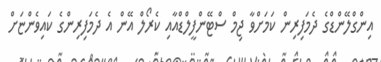
އިންގްލޭންޑްގެ ދެމަފިރިން ކަމަށްވާ ޖިމް ސްޓޭންފީލްޑްއާއި ކެރޯލް އޭން އެ ދެމަފިރިންގެ ކައިވެންޏަށް